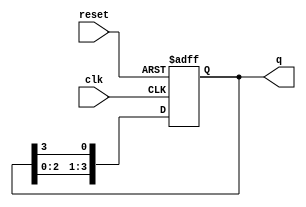
module async_ring_counter (
    input wire clk,       // clock input
    input wire reset,     // asynchronous reset input
    output reg [3:0] q    // 4-bit output
);

    // Initial count state
    initial begin
        q = 4'b0001; // Start with the first flip-flop set to '1'
    end

    // Asynchronous reset and counter operation
    always @(posedge clk or posedge reset) begin
        if (reset) begin
            q <= 4'b0001; // Reset to initial state
        end
        else begin
            // Shift the output on the clock, creating the ring
            q <= {q[2:0], q[3]}; // Shift left, feedback from the last FF to the first
        end
    end

endmodule